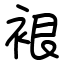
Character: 裉